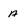
Character: a